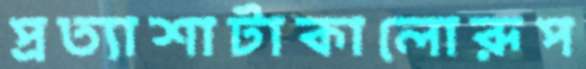
প্রত্যাশাটাকালোরূপ